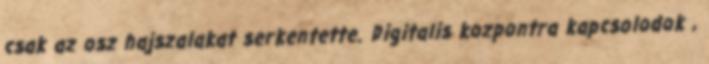
csak az osz hajszalakat serkentette. Digitalis kozpontra kapcsolodok ,